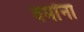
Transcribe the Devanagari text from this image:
वर्मांना